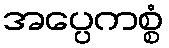
အပ္ပေကစ္စံ